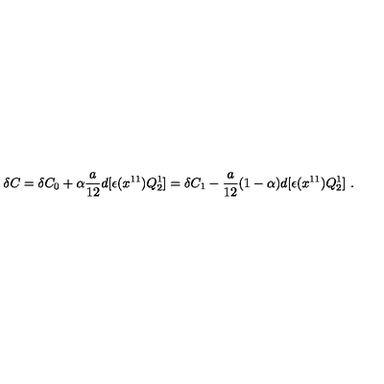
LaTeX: \delta C = \delta C _ { 0 } + \alpha { \frac { a } { 1 2 } } d [ \epsilon ( x ^ { 1 1 } ) Q _ { 2 } ^ { 1 } ] = \delta C _ { 1 } - { \frac { a } { 1 2 } } ( 1 - \alpha ) d [ \epsilon ( x ^ { 1 1 } ) Q _ { 2 } ^ { 1 } ] \ .